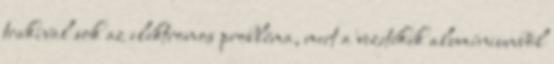
trakival sok az elektromos probléma, mert a vezetékek alumíniumból